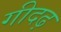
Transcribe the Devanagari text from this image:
गीदढ़